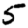
Digit: 5